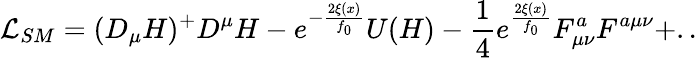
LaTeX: {\mathcal{L}}_{SM}=(D_{\mu}H)^{+}D^{\mu}H-e^{-\frac{2\xi(x)}{f_{0}}}U(H)-\frac{1}{4}e^{\frac{2\xi(x)}{f_{0}}}F_{\mu\nu}^{a}F^{a\mu\nu}+..